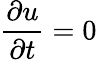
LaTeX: {\frac{\partial u}{\partial t}}=0